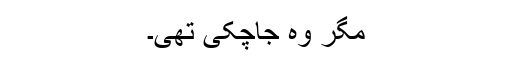
مگر وہ جاچکی تھی۔